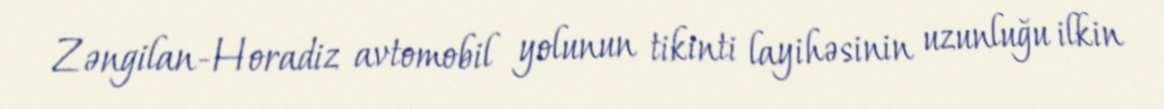
Zəngilan-Horadiz avtomobil yolunun tikinti layihəsinin uzunluğu ilkin